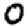
Digit: 0